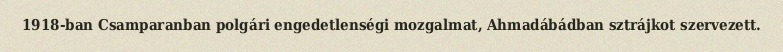
1918-ban Csamparanban polgári engedetlenségi mozgalmat, Ahmadábádban sztrájkot szervezett.